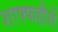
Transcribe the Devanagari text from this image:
शाफ्फहौसें